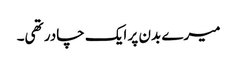
میرے بدن پر ایک چادر تھی۔